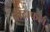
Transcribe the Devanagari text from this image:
वोदाफोन